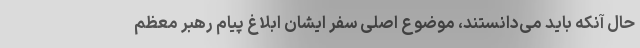
حال آنکه باید می‌دانستند، موضوع اصلی سفر ایشان ابلاغ پیام رهبر معظم